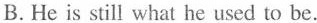
B.He is still what he uscd to be.